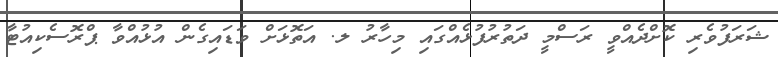
ޝަރަފުވެރި ކޮށްދެއްވީ ރަސްމީ ދަތުރުފުޅެއްގައި މިހާރު ލ. އަތޮޅަށް ވަޑައިގެން އުޅުއްވާ ޕްރޮސެކިއުޓާ